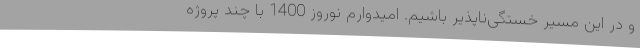
و در این مسیر خستگی‌ناپذیر باشیم. امیدوارم نوروز 1400 با چند پروژه